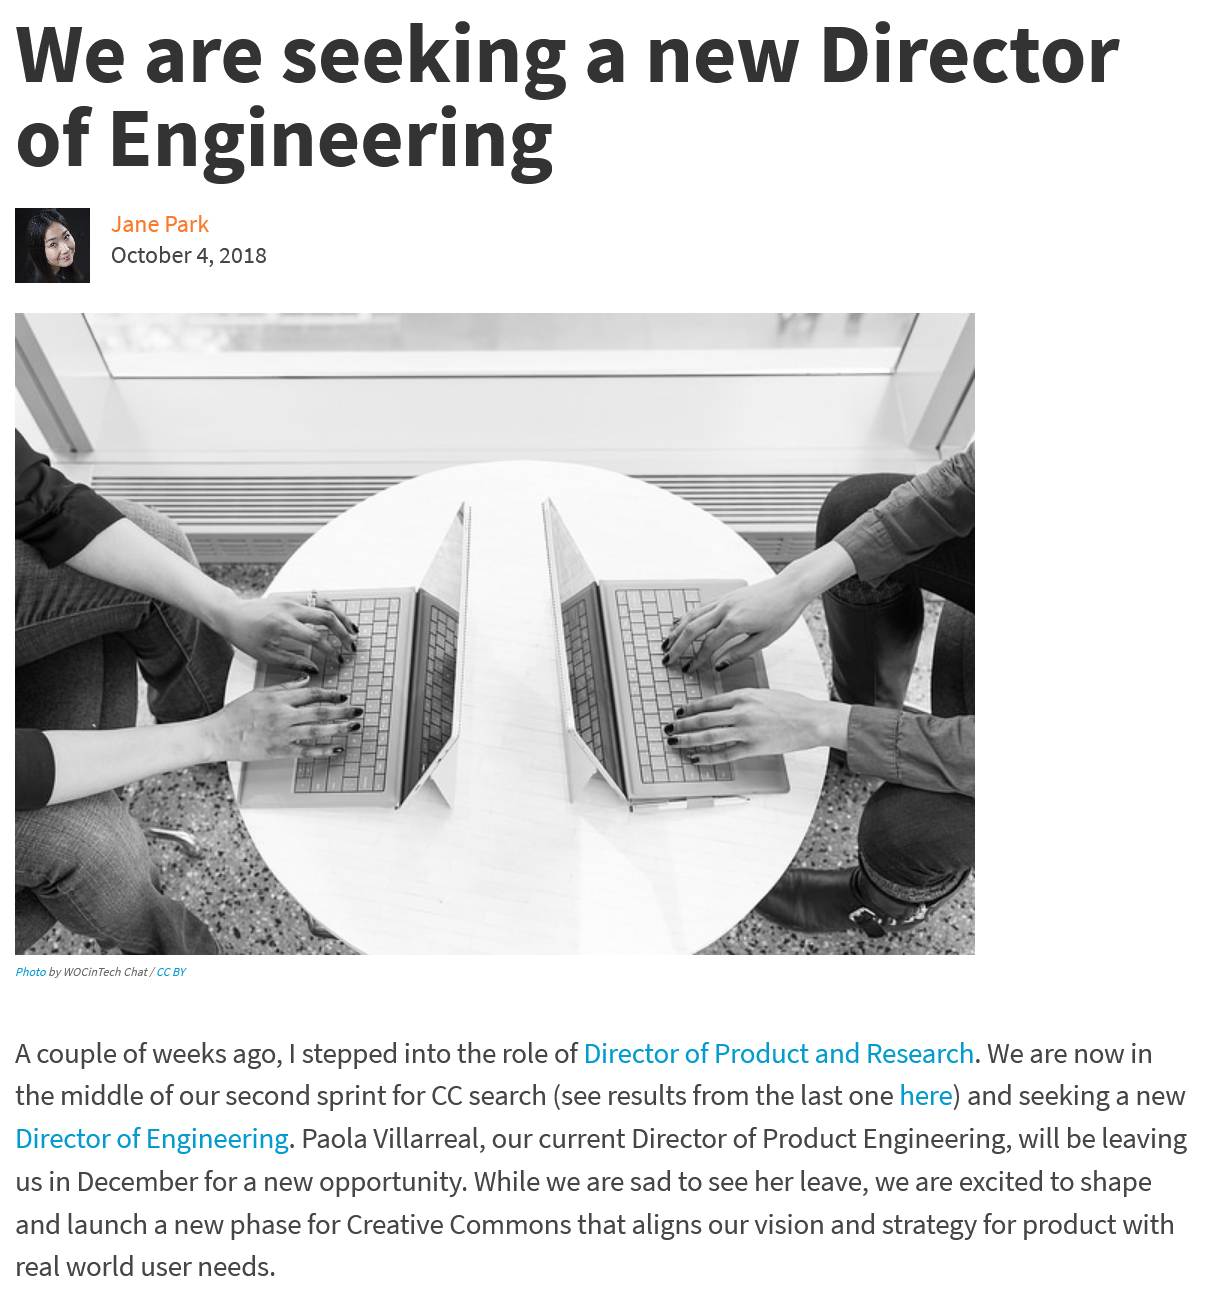
We   are    seeking    a    new    Director
  of    Engineering

  Acouple of weeks ago, | stepped into the role of Director of Product and Research. We are now in
  the middle of our second sprint for CC search (see results from the last one here) and seeking a new
  Director of Engineering. Paola Villarreal, our current Director of Product Engineering, will be leaving
  us in December for a new opportunity. While we are sad to see her leave, we are excited to shape
  and launch a new phase for Creative Commons that aligns our vision and strategy for product with
  real world user needs.
     4 October 4, 2018
     Jane Park